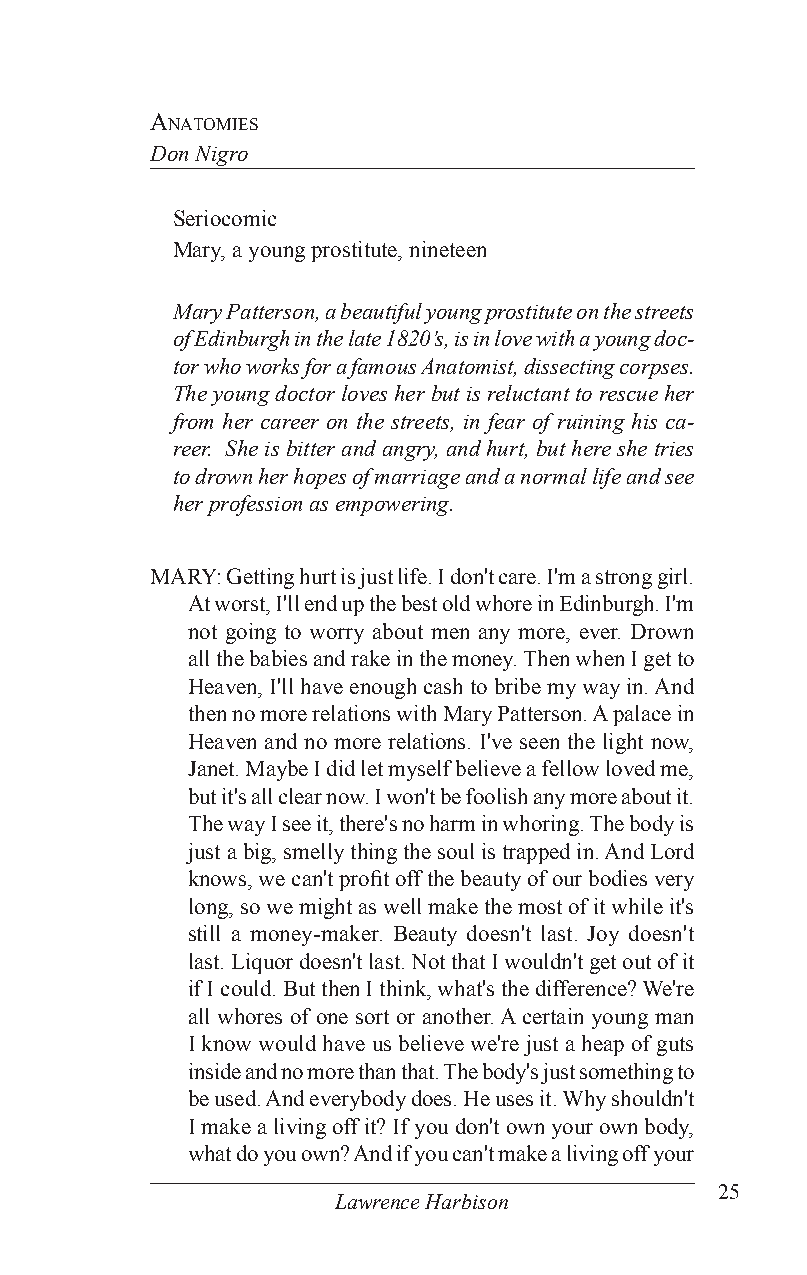
anaTomies
 Don Nigro
 Seriocomic
 Mary, a young prostitute, nineteen
 Mary Patterson, a beautiful young prostitute on the streets
 of Edinburgh in the late 1820’s, is in love with a young doc-
 tor who works for a famous Anatomist, dissecting corpses.
 The young doctor loves her but is reluctant to rescue her
 from her career on the streets, in fear of ruining his ca-
 reer. She is bitter and angry, and hurt, but here she tries
 to drown her hopes of marriage and a normal life and see
 her profession as empowering.
 MARY: Getting hurt is just life. I don't care. I'm a strong girl.
 At worst, I'll end up the best old whore in Edinburgh. I'm
 not going to worry about men any more, ever. Drown
 all the babies and rake in the money. Then when I get to
 Heaven, I'll have enough cash to bribe my way in. And
 then no more relations with Mary Patterson. A palace in
 Heaven and no more relations. I've seen the light now,
 Janet. Maybe I did let myself believe a fellow loved me,
 but it's all clear now. I won't be foolish any more about it.
 The way I see it, there's no harm in whoring. The body is
 just a big, smelly thing the soul is trapped in. And Lord
 knows, we can't profit off the beauty of our bodies very
 long, so we might as well make the most of it while it's
 still a money-maker. Beauty doesn't last. Joy doesn't
 last. Liquor doesn't last. Not that I wouldn't get out of it
 if I could. But then I think, what's the difference? We're
 all whores of one sort or another. A certain young man
 I know would have us believe we're just a heap of guts
 inside and no more than that. The body's just something to
 be used. And everybody does. He uses it. Why shouldn't
 I make a living off it? If you don't own your own body,
 what do you own? And if you can't make a living off your
 25
 Lawrence Harbison